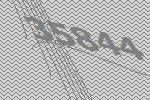
35844